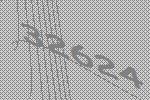
32624